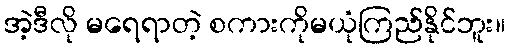
အဲ့ဒီလို မရေရာတဲ့ စကားကိုမယုံကြည်နိုင်ဘူး။